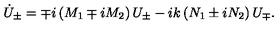
\dot { U } _ { \pm } = \mp i \left( M _ { 1 } \mp i M _ { 2 } \right) U _ { \pm } - i k \left( N _ { 1 } \pm i N _ { 2 } \right) U _ { \mp } .